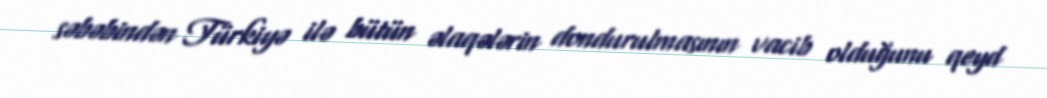
səbəbindən Türkiyə ilə bütün əlaqələrin dondurulmasının vacib olduğunu qeyd